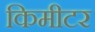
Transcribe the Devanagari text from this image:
किमीटर